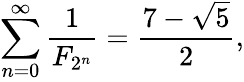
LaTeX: \sum_{n=0}^{\infty}{\frac{1}{F_{2^{n}}}}={\frac{7-{\sqrt{5}}}{2}},